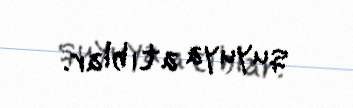
quyuya atıblar.